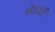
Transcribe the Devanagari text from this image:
भेददर्शी